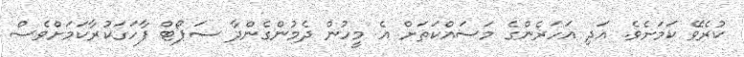
ކުރެވޭ ކަމަށެވެ. އަދި އަހަރެންގެ މަސައްކަތަށް އެ މީހުން ދެމުންގެންދާ ސަޕޯޓް ފާހަގަކުރާކަމަށްވެސް